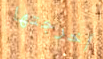
أخرجتها